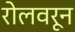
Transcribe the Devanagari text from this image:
रोलवरून